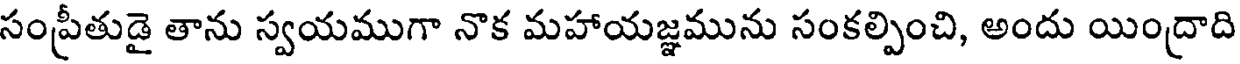
సంప్రీతుడై తాను స్వయముగా నొక మహాయజ్ఞమును సంకల్పించి, అందు యింద్రాది